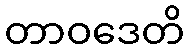
တာဝဒေတိ